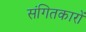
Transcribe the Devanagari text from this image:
संगितकारों